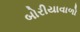
બોરીયાવાળો